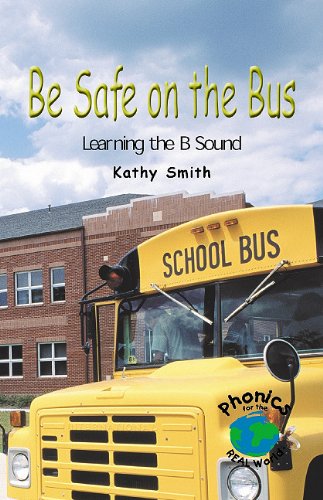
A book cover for Be Safe on the Bus: Learning the B Sound (Power Phonics/Phonics for the Real World); Kathy Smith; Children's Books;